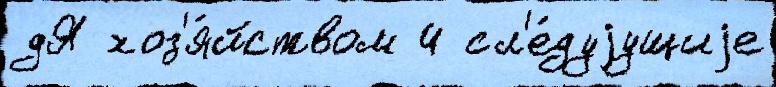
дЯ хоз'я́йством 4 сл'е́дуjущиjе